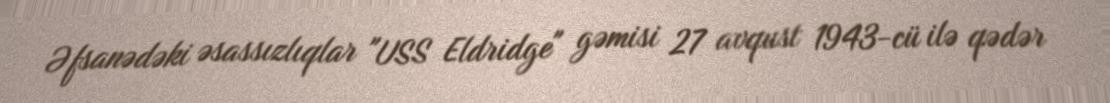
Əfsanədəki əsassızlıqlar "USS Eldridge" gəmisi 27 avqust 1943-cü ilə qədər